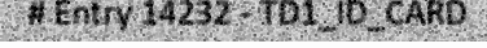
# Entry 14232 - TD1_ID_CARD